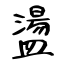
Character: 盪